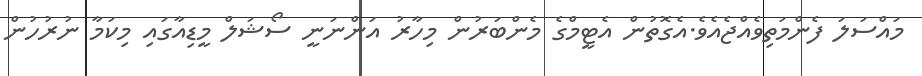
މައްސަލަ ފެންމަތިވެއްޖެއެވެ.އެގޮތުން އެޓީމްގެ މެންބަރުން މިހާރު އަންނަނީ ސޯޝަލް މީޑިއާގައި މިކަމާ ނުރުހުން